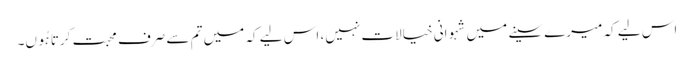
اس لیے کہ میرے سینے میں شہوانی خیالات نہیں، اس لیے کہ میں تم سے صرف محبت کرتا ہُوں۔